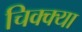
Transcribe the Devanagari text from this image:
चिक्क्या